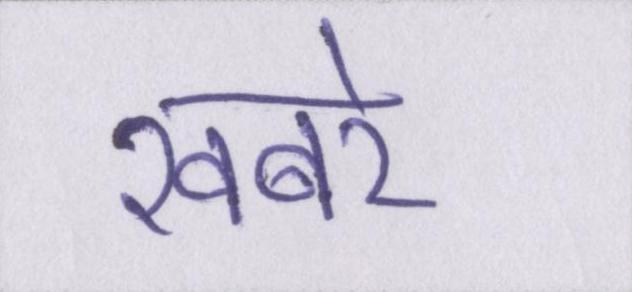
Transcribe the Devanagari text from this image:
खबरे